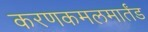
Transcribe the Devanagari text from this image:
करणकमलमार्तंड